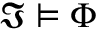
{ \mathfrak { I } } \vDash \Phi